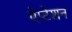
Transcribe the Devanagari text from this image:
ऐप्टेशन